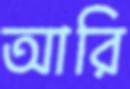
আরি